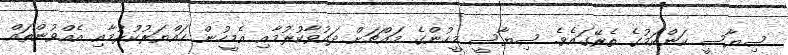
ސިޔާސީ ކަންކަމުގެ ތެރޭގައެވެ. ސިޔާސީ މީހުންގެ މައްޗަށް ދައުވާކުރުމާއި އެމީހުން ހައްޔަރުކުރުމާއި އެއްވުންތައް